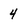
Character: 4